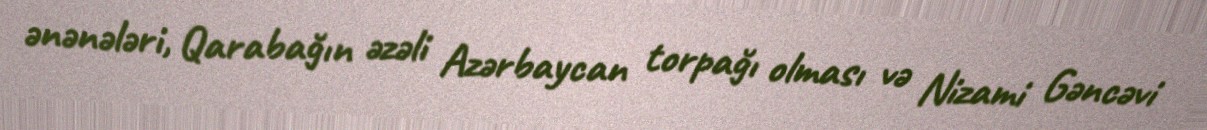
ənənələri, Qarabağın əzəli Azərbaycan torpağı olması və Nizami Gəncəvi